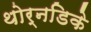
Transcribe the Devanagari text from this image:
थोर्नडिके